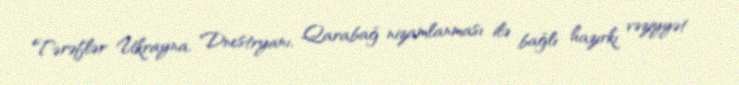
Tərəflər Ukrayna, Dnestryanı, Qarabağ nizamlanması ilə bağlı hazırkı vəziyyət